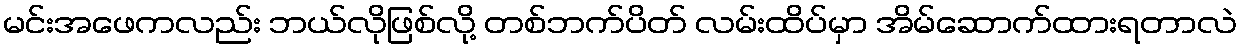
မင်းအဖေကလည်း ဘယ်လိုဖြစ်လို့ တစ်ဘက်ပိတ် လမ်းထိပ်မှာ အိမ်ဆောက်ထားရတာလဲ